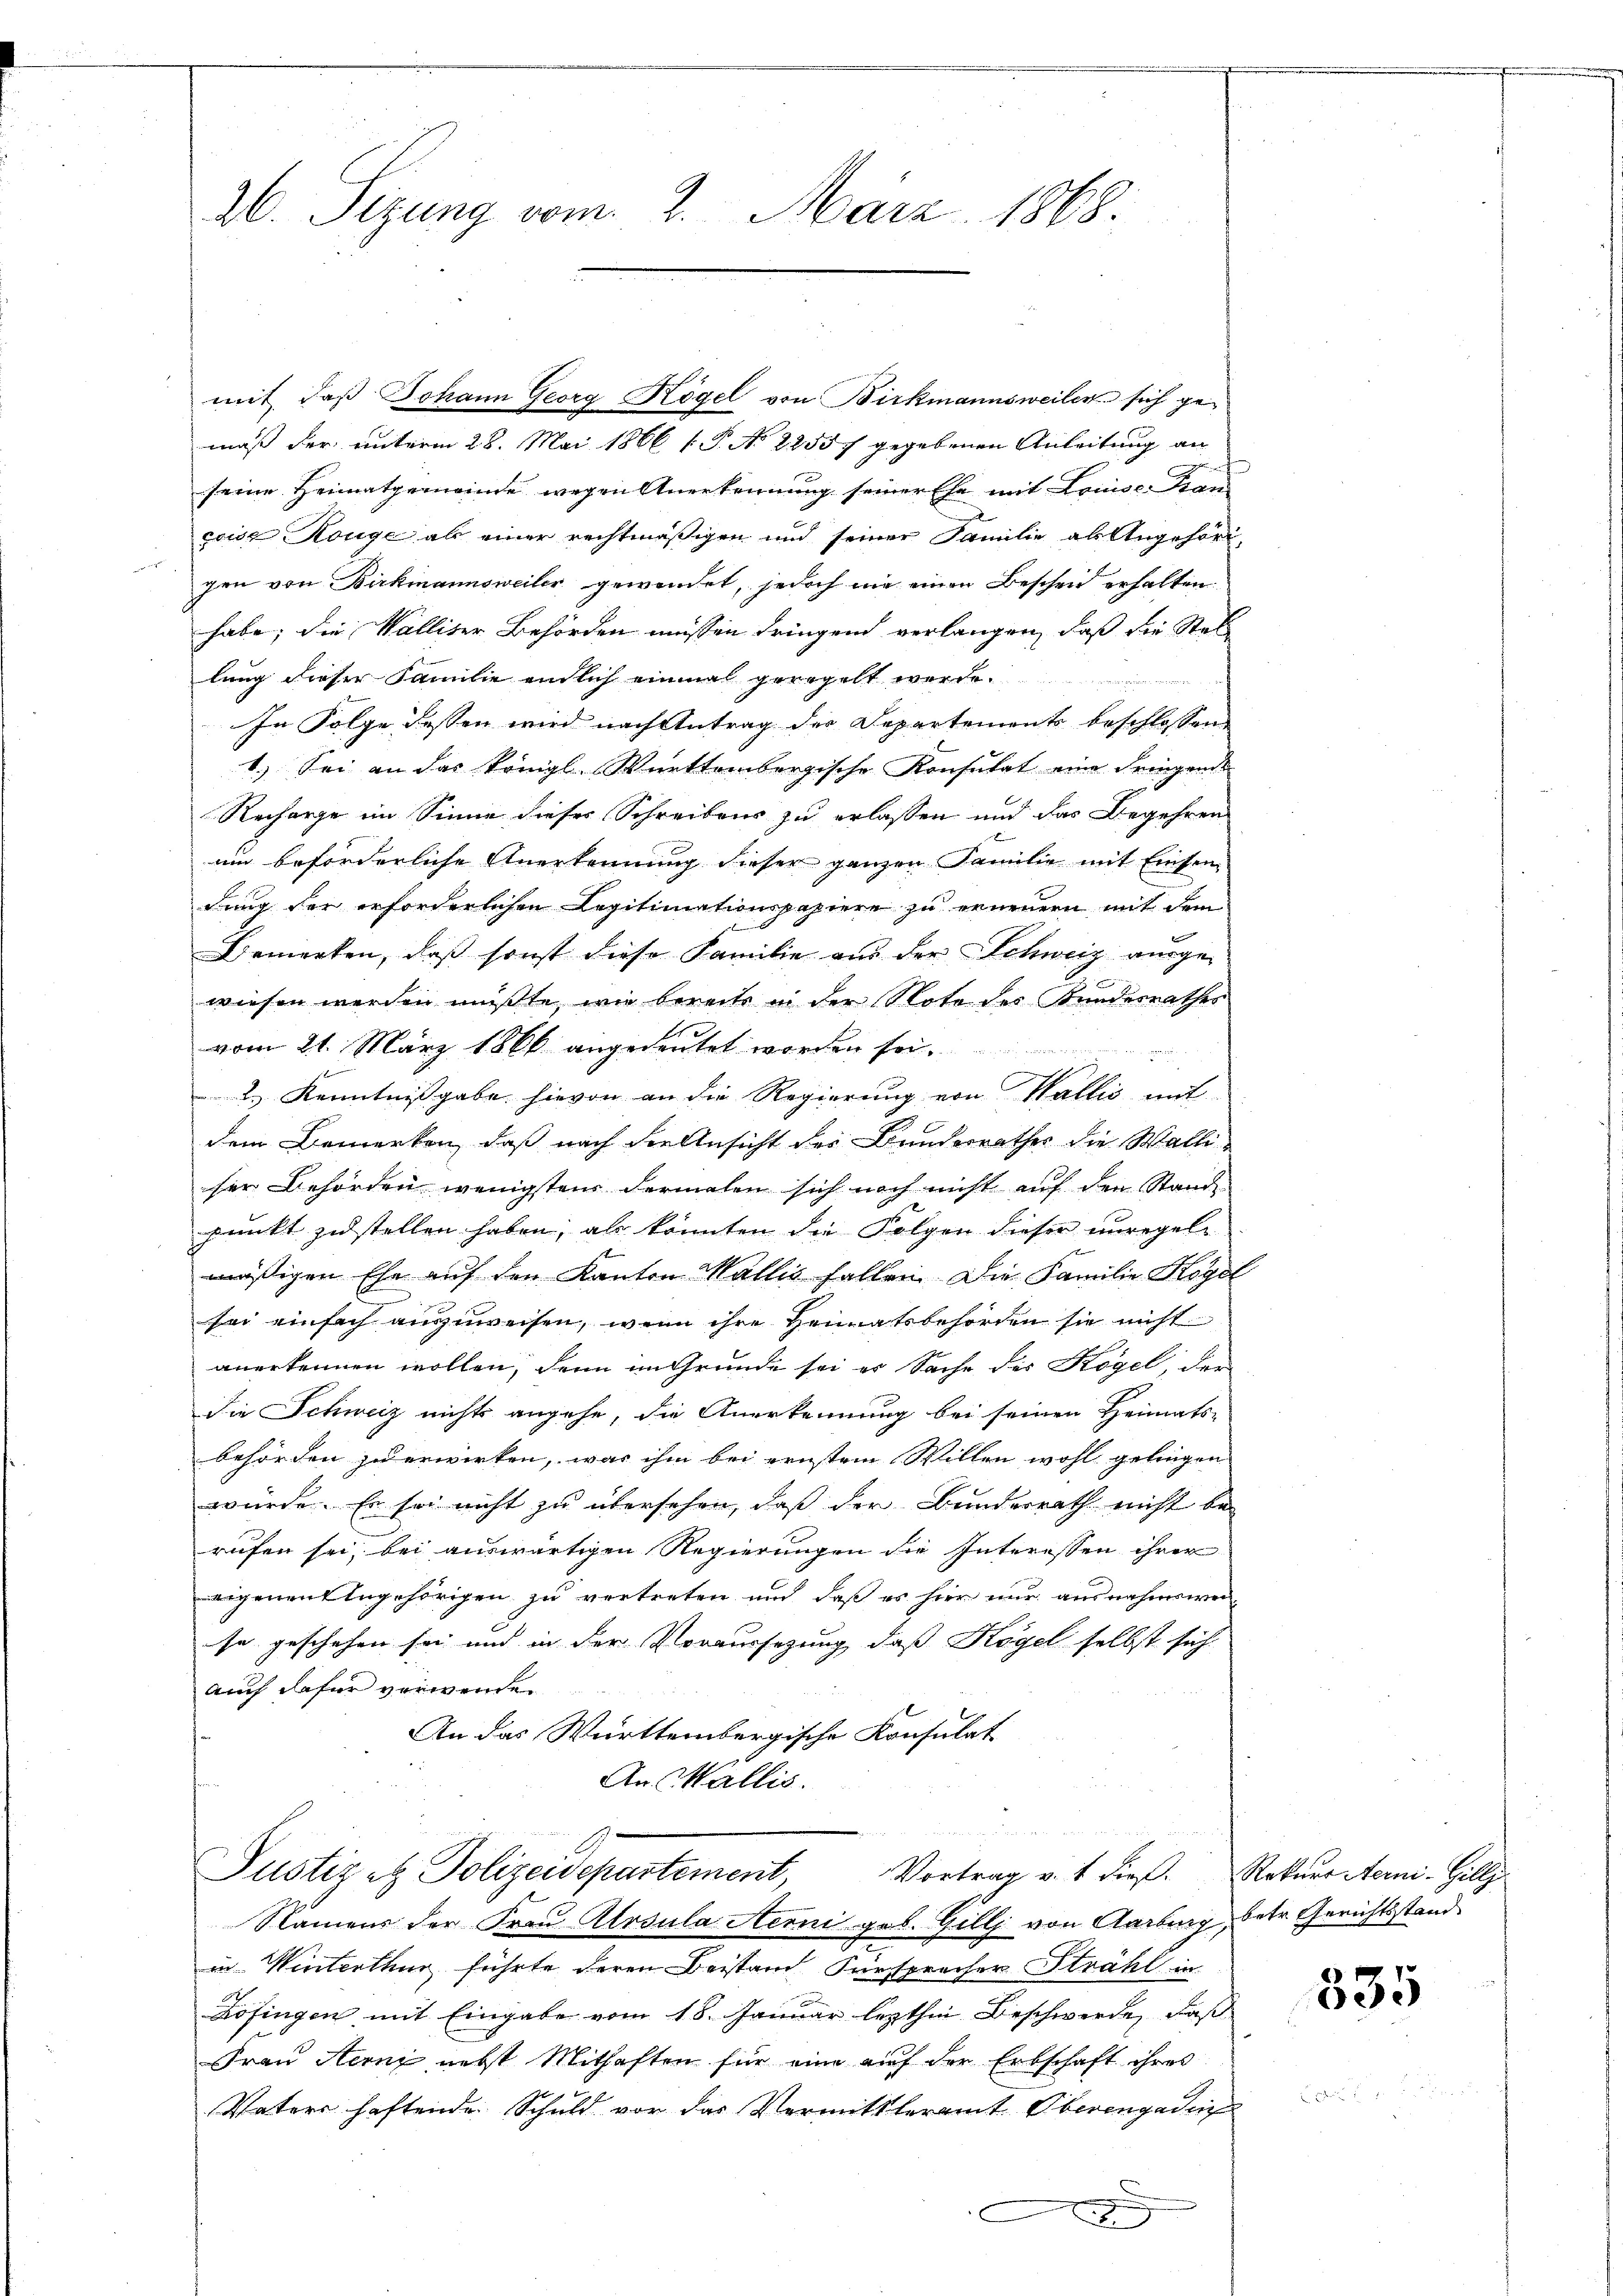
26. Sizung vom 2. März 1868.

mit, daß Johann Georg Högel von Birkmannsweilen sich gemäß der unterm 28. Mai 1866 ( P. N. 28557 gegebenen Anleitung an
seine Heimatgemeinde wegen Anerkennung seiner Ehe mit Krise: Fran
coisz Kouge als einer rechtmäßigen und seiner Familie als Angehörd-
gen von Birkmannsweiler gewendet, jedoch nie einen Bescheid erhalten.
habe; die Walliser Behörden müssen dringend verlangen, daß die Stell
lung dieser Familie endlich einmal geregelt werde.

In Folge dessen wird nach Antrag der Departements beschlossen
1.) Sei an das königl. Württembergische Konsulat eine Fringen-
Recharge im Sinne dieses Schreibens zu erlassen und das Begehren
um beforderliche Anerkennung dieser ganzen Familie mit Einsendung der erforderlichen Legitimationspapiere zu erneuern mit dem
Bemerken, daß sonst diese Familie aus der Schweiz ausgewiesen werden müßte, wie bereits in der Note des Bundesrathes
vom 21. März 1866 angedeutet worden sei.

1
.
2.) Kenntnißgabe hievon an die Regierung von Wallis mit
dem Bemerken, daß nach der Ansicht des Bundesrathes die Walli-
ser Behörden wenigsten dermalen sich noch nicht auf den Stande
punkt zu stellen haben, als könnten die Folgen dieser unregel-
mäßigen Ehe auf den Kanton Wallis fallen. Die Familie Kogel
sei einfach auszuweisen, wenn ihre Heimatsbehörden sie nicht
anerkennen wollen, denn im Grunde sei er Sache des Kögel, den
die Schweiz nichts angehe, die Anerkennung bei seinen Heimats-
behörden zu erwirken, was ihm bei ernstem Willen wohl gelingen
würde. Es sei nicht zu übersehen, daß der Bundesrath nicht be-
rufen sei, bei auswärtigen Regierungen die Interessen ihrer
eigenent ungehörigen zu vertreten und daß es hier nur ausnahmswei
se geschehen sei und in der Voraussezung, daß Kogel selbst sich
auch dafür verwenden
An das Württembergische Konsulat
An Wallis.

e
Justiz et Polizeidepartement, Vortrag v. 1. dieβ. Rekurs Sterni-Gilli

Namens der Frau Alpsula Nenni geb. Gillj von Aarbung, betr. Gerichtsstand
in Winterthur führte deren Beistand Fürsprecher Strahl in
Zofingen, mit Eingabe vom 18. Januar lezthin Beschwerde, daß
Frau Aernz nebst Mithaften für eine auf der Erbschaft ihres
Vaters haftende Schuld vor das Vermittleramt Oberengadin
A

335